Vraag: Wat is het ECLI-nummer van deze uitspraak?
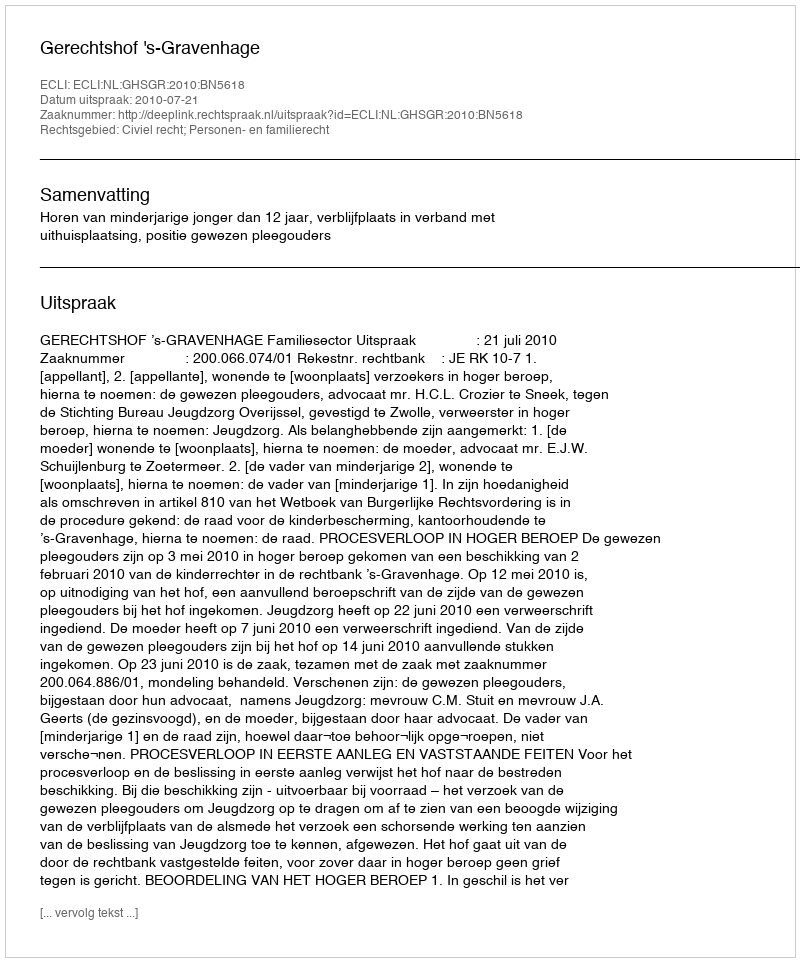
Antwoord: ECLI:NL:GHSGR:2010:BN5618